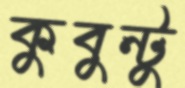
কুবুন্টু